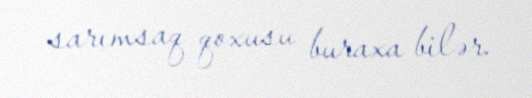
sarımsaq qoxusu buraxa bilər.